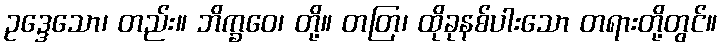
ဥဒ္ဒေသော၊ တည်း။ ဘိက္ခဝေ၊ တို့။ တတြ၊ ထိုခုနစ်ပါးသော တရားတို့တွင်။